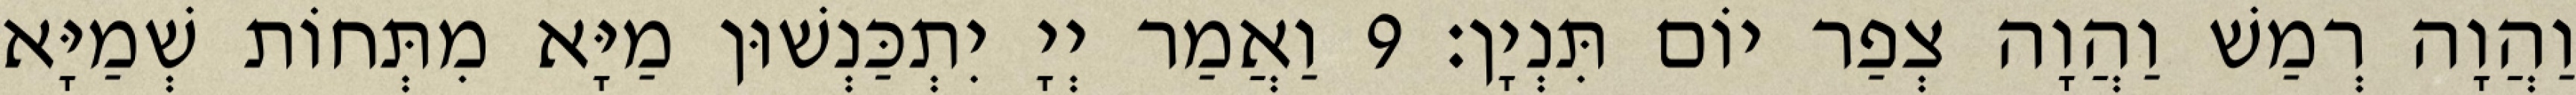
וַהֲוָה רְמַשׁ וַהֲוָה צְפַר יוֹם תִּנְיָן׃ 9 וַאֲמַר יְיָ יִתְכַּנְשׁוּן מַיָּא מִתְּחוֹת שְׁמַיָּא